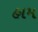
હામ